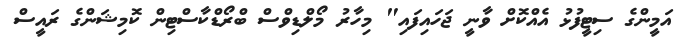
އަމީންގެ ސިޓީފުޅު އެއްކޮށް ވާނީ ޖަހައިފައި" މިހާރު މޯލްޑިވްސް ބްރޯޑްކާސްޓިން ކޮމިޝަންގެ ރައީސް